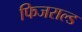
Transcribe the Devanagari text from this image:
फिजराल्ड